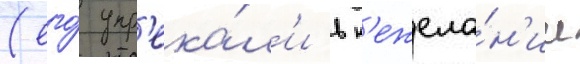
(его́ упр'ека́л'и в н'ежела́н'ии